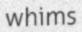
whims